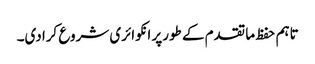
تاہم حفظ ما تقدم کے طورپر انکوائری شروع کرادی۔